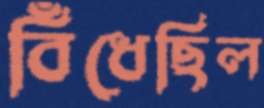
বিঁধেছিল